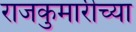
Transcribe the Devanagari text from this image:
राजकुमारीच्या